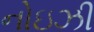
નોઇઝી